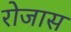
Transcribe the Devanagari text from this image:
रोजास